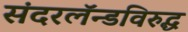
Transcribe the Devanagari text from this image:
संदरलॅन्डविरुद्ध